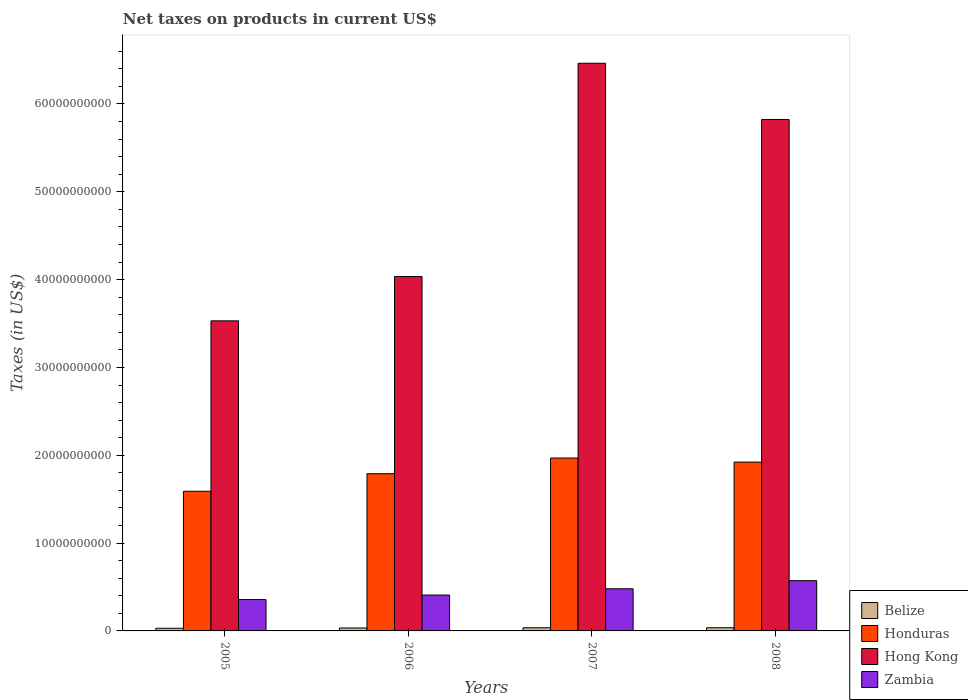
| Years | Belize | Honduras | Hong Kong | Zambia |
 | --- | --- | --- | --- | --- |
 | 2005 | 3.01e+08 | 1.59e+10 | 3.53e+10 | 3.57e+09 |
 | 2006 | 3.34e+08 | 1.79e+10 | 4.03e+10 | 4.08e+09 |
 | 2007 | 3.59e+08 | 1.97e+10 | 6.46e+10 | 4.8e+09 |
 | 2008 | 3.62e+08 | 1.92e+10 | 5.82e+10 | 5.72e+09 |